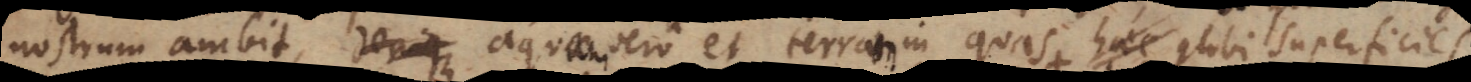
nostrum ambit, aquam vero et terram in quas globi superficies